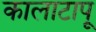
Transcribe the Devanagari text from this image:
कालाटापू